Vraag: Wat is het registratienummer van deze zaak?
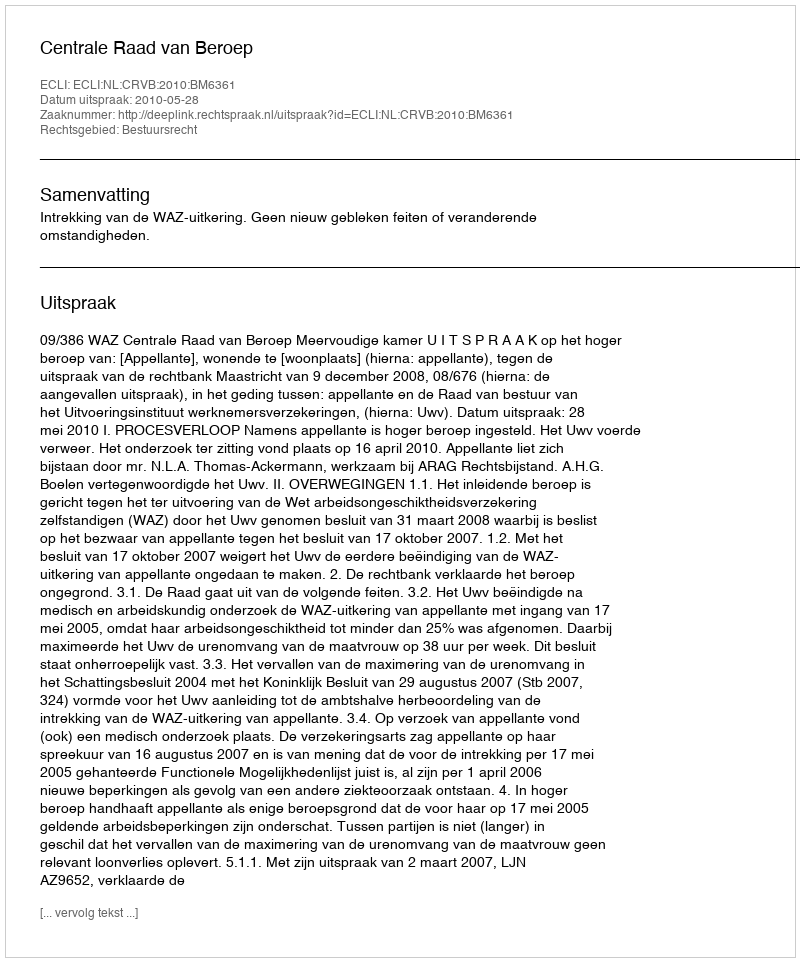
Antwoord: http://deeplink.rechtspraak.nl/uitspraak?id=ECLI:NL:CRVB:2010:BM6361